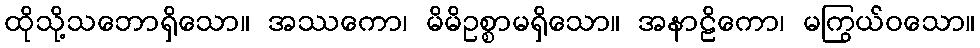
ထိုသို့သဘောရှိသော။ အဿကော၊ မိမိဥစ္စာမရှိသော။ အနာဠိကော၊ မကြွယ်ဝသော။